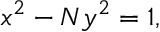
\ x ^ { 2 } - N y ^ { 2 } = 1 ,